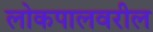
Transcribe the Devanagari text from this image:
लोकपालवरील